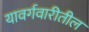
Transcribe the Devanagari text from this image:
यावर्गवारीतील